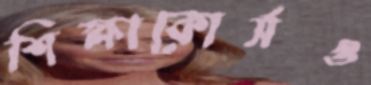
শিক্ষাকোর্সও